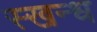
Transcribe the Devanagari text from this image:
स्खन्ध